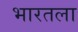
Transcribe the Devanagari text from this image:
भारतला